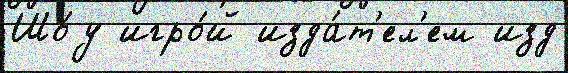
Шо́у игро́й изда́т'ел'ем изд